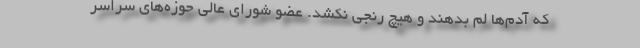
که آدم‌ها لَم بدهند و هیچ رنجی نکشد. عضو شورای عالی حوزه‌های سراسر